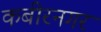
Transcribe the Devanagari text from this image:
कबीरनगर